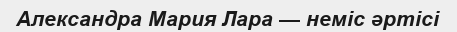
Александра Мария Лара — неміс әртісі